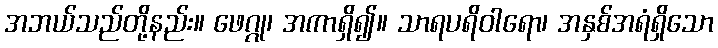
အဘယ်သည်တို့နည်း။ ဖေဂ္ဂု၊ အကာရှိ၍။ သာရပရိဝါရော၊ အနှစ်အရံရှိသော